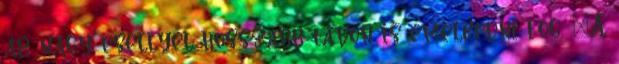
ár nagy eséllyel hosszabb távon is emelkedni fog. „A